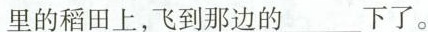
这里的稻田上，飞到那边的___下了。